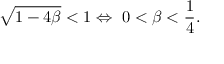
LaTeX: \sqrt { 1 - 4 \beta } < 1 \Leftrightarrow \ 0 < \beta < { \frac { 1 } { 4 } } .